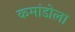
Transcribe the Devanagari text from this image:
कमांडोला